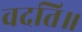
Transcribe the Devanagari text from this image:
वदति॥